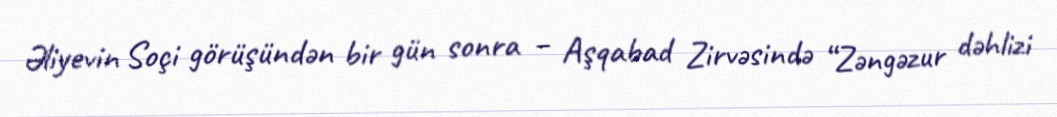
Əliyevin Soçi görüşündən bir gün sonra – Aşqabad Zirvəsində “Zəngəzur dəhlizi